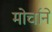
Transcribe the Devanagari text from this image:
मोर्चाने